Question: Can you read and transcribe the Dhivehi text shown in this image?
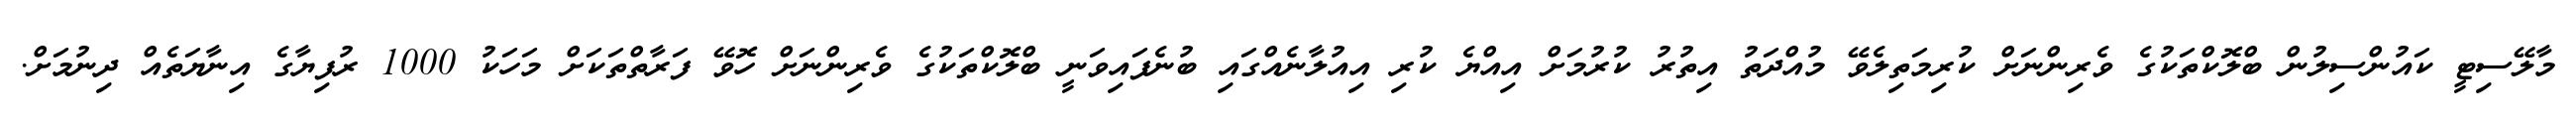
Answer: މާލޭސިޓީ ކައުންސިލުން ބްލޮކްތަކުގެ ވެރިންނަށް ކުރިމަތިލެވޭ މުއްދަތު އިތުރު ކުރުމަށް އިއްޔެ ކުރި އިއުލާނެއްގައި ބުނެފައިވަނީ ބްލޮކްތަކުގެ ވެރިންނަށް ހޮވޭ ފަރާތްތަކަށް މަހަކު 1000 ރުފިޔާގެ އިނާޔަތެއް ދިނުމަށް.